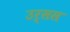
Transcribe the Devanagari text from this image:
उर्सस